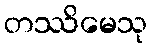
တဿိမေသု